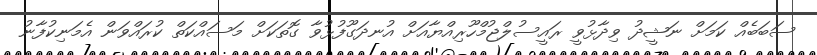
ސަބަބެއް ކަމަށް ނަޝީދު ވިދާޅުވީ ރައީސުލްޖުމްހޫރިއްޔާއަށް އުނދަގޫފުޅުވާ ގޮތަކަށް މަސައްކަތް ކުރައްވަން އެމަނިކުފާނު